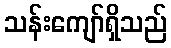
သန်းကျော်ရှိသည်